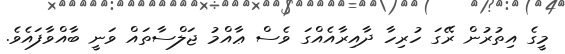
މީގެ އިތުރުން ރޭގަ ހުރިހާ ދާއިރާއެއްގަ ވެސް ޢާއްމު ޖަލްސާތައް ވަނީ ބާއްވާފައެވެ.